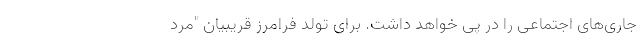
جاری‌های اجتماعی را در پی خواهد داشت. برای تولد فرامرز قریبیان "مرد